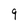
Character: 9